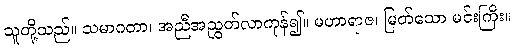
သူတို့သည်။ သမာဂတာ၊ အညီအညွတ်လာကုန်၍။ မဟာရာဇ၊ မြတ်သော မင်းကြီး။